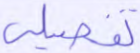
تفصيلي